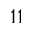
1 1